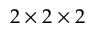
2 \times 2 \times 2